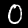
Digit: 0